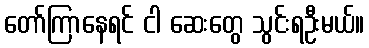
တော်ကြာနေရင် ငါ ဆေးတွေ သွင်းရဦးမယ်။